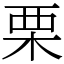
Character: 栗